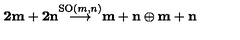
{ \bf { 2 m + 2 n } } { \stackrel { \mathrm { S O } ( m , n ) } { \longrightarrow } } { \bf { m + n } } \oplus { \bf { m + n } }